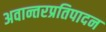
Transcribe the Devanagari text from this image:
अवान्तरप्रतिपादन